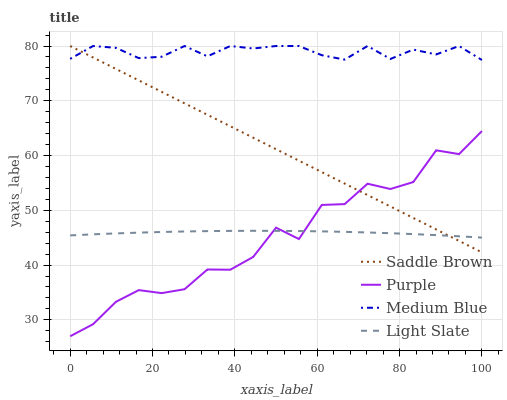
| xaxis_label | Saddle Brown | Purple | Medium Blue | Light Slate |
 | --- | --- | --- | --- | --- |
 | 0 | 80 | 27 | 77.7 | 45.4 |
 | 5.56 | 77.9 | 29.2 | 80 | 45.6 |
 | 11.1 | 75.8 | 33.3 | 79.7 | 45.8 |
 | 16.7 | 73.7 | 35.4 | 77.8 | 45.9 |
 | 22.2 | 71.6 | 34.9 | 78 | 46 |
 | 27.8 | 69.5 | 35.6 | 80 | 46.1 |
 | 33.3 | 67.4 | 39.2 | 78.1 | 46.2 |
 | 38.9 | 65.3 | 39.1 | 80 | 46.2 |
 | 44.4 | 63.3 | 41.5 | 79.5 | 46.3 |
 | 50 | 61.2 | 46.8 | 80 | 46.2 |
 | 55.6 | 59.1 | 44.8 | 80 | 46.2 |
 | 61.1 | 57 | 51 | 78.3 | 46.2 |
 | 66.7 | 54.9 | 51.1 | 77.5 | 46.1 |
 | 72.2 | 52.8 | 54.9 | 80 | 46 |
 | 77.8 | 50.7 | 53.9 | 77.6 | 45.8 |
 | 83.3 | 48.6 | 55.2 | 79.3 | 45.7 |
 | 88.9 | 46.5 | 61 | 78.5 | 45.5 |
 | 94.4 | 44.4 | 60.3 | 80 | 45.3 |
 | 100 | 42.3 | 64.5 | 77.4 | 45 |